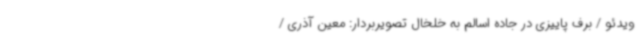
ویدئو / برف پاییزی در جاده اسالم به خلخال تصویربردار: معین آذری /